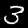
Label: 3